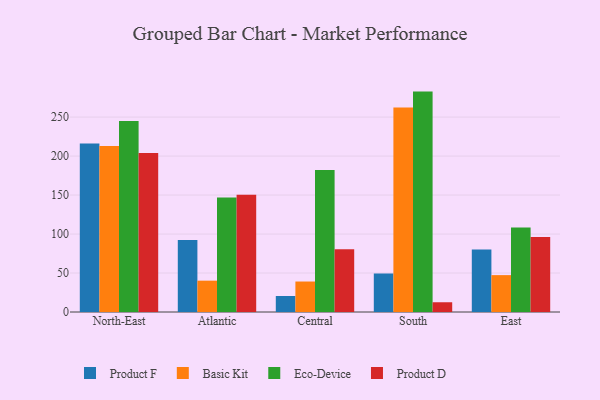
{"axis": {"x": "Region", "y": "Latency (ms)"}, "legend": ["Basic Kit", "Eco-Device", "Product D", "Product F"], "data": [{"x": "North-East", "y": 216.2, "type": "Product F"}, {"x": "North-East", "y": 213.0, "type": "Basic Kit"}, {"x": "North-East", "y": 244.9, "type": "Eco-Device"}, {"x": "North-East", "y": 203.9, "type": "Product D"}, {"x": "Atlantic", "y": 92.4, "type": "Product F"}, {"x": "Atlantic", "y": 40.2, "type": "Basic Kit"}, {"x": "Atlantic", "y": 147.0, "type": "Eco-Device"}, {"x": "Atlantic", "y": 150.5, "type": "Product D"}, {"x": "Central", "y": 20.5, "type": "Product F"}, {"x": "Central", "y": 39.1, "type": "Basic Kit"}, {"x": "Central", "y": 182.1, "type": "Eco-Device"}, {"x": "Central", "y": 80.5, "type": "Product D"}, {"x": "South", "y": 49.4, "type": "Product F"}, {"x": "South", "y": 262.2, "type": "Basic Kit"}, {"x": "South", "y": 282.7, "type": "Eco-Device"}, {"x": "South", "y": 12.5, "type": "Product D"}, {"x": "East", "y": 80.1, "type": "Product F"}, {"x": "East", "y": 47.3, "type": "Basic Kit"}, {"x": "East", "y": 108.3, "type": "Eco-Device"}, {"x": "East", "y": 96.2, "type": "Product D"}]}